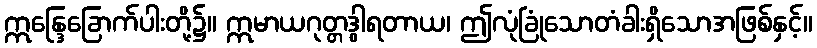
ဣန္ဒြေခြောက်ပါးတို့၌။ ဣမာယဂုတ္တဒွါရတာယ၊ ဤလုံခြုံသောတံခါးရှိသောအဖြစ်နှင့်။